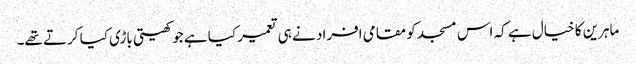
ماہرین کا خیال ہے کہ اس مسجد کو مقامی افراد نے ہی تعمیر کیا ہے جو کھیتی باڑی کیا کرتے تھے۔